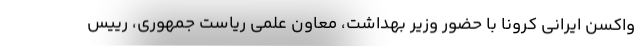
واکسن ایرانی کرونا با حضور وزیر بهداشت، معاون علمی ریاست جمهوری، رییس